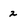
Character: 2